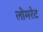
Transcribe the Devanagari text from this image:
लोमरेट